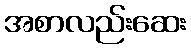
အစာလည်းဆေး